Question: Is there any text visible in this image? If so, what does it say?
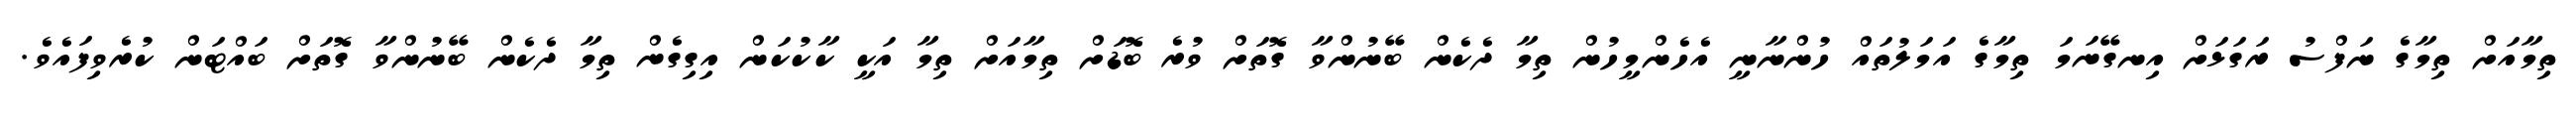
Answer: ތިމާއަށް ތިމާގެ ނަފްސު ރަގަޅަށް އިނގޭނަމަ ތިމާގެ އަމަލުތައް ހުންނާނީ އެހެންމީހުން ތިމާ ދެކެން ބޭނުންވާ ގޮތަށް ވުރެ ބޮޑަށް ތިމާއަށް ތިމާ އަކީ ކާކުކަން އިގިގެން ތިމާ ދެކެން ބޭނުންވާ ގޮތަށް ބައްޓަން ކުރެވިފައެވެ.